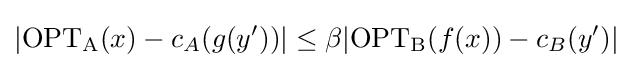
|\mathrm {OPT_{A}} (x)-c_{A}(g(y'))|\leq \beta |\mathrm {OPT_{B}} (f(x))-c_{B}(y')|